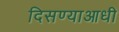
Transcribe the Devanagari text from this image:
दिसण्याआधी